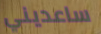
ساعديني